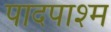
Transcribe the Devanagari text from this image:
पादपाश्म